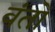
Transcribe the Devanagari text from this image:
वंतों